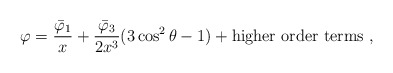
\begin{align*}\varphi = \frac{\bar{\varphi}_1}{x} + \frac{\bar{\varphi}_3}{2x^3}(3 \cos^2\theta -1 )+ {\rm higher}\ {\rm order}\ {\rm terms} \ ,\end{align*}